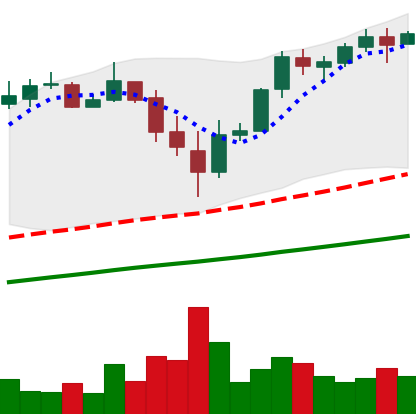
Ticker: BTC-USD
Chart end date: 2017-11-22
Forward return: 18.959%
Label: up_7plus